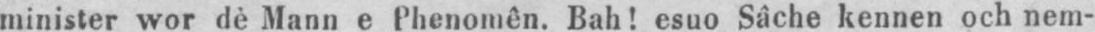
minister wor dè Mann e Phenomên. Bah! esuo Sâche kennen och nem-